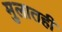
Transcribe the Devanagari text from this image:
मुलातही